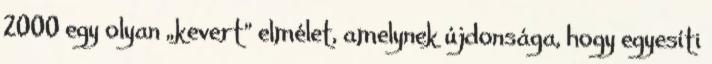
2000 egy olyan „kevert” elmélet, amelynek újdonsága, hogy egyesíti